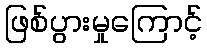
ဖြစ်ပွားမှုကြောင့်